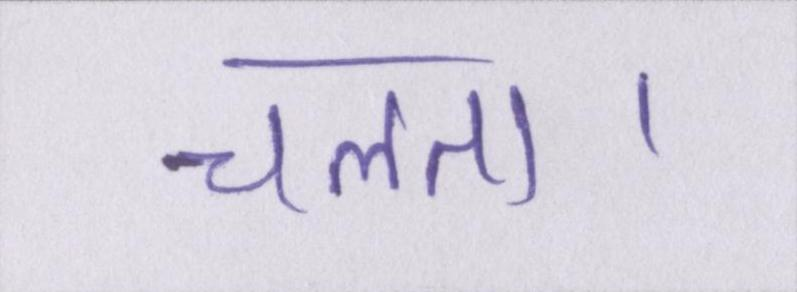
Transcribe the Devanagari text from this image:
चलता।